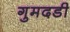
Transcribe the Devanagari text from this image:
गुमदडी